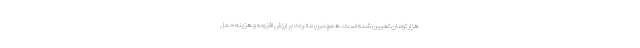
هزار تومان تعیین شده است. همچنین مالیات بر ارزش افزوده و هزینه حمل